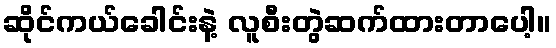
ဆိုင်ကယ်ခေါင်းနဲ့ လူစီးတွဲဆက်ထားတာပေါ့။